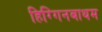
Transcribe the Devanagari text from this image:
हिग्गिनबाथम